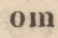
om